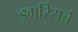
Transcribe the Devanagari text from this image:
ड्रगरिसर्च